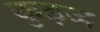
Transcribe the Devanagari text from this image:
कुइज